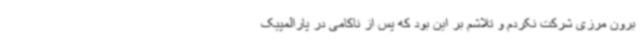
برون مرزی شرکت نکردم و تلاشم بر این بود که پس از ناکامی در پارالمپیک